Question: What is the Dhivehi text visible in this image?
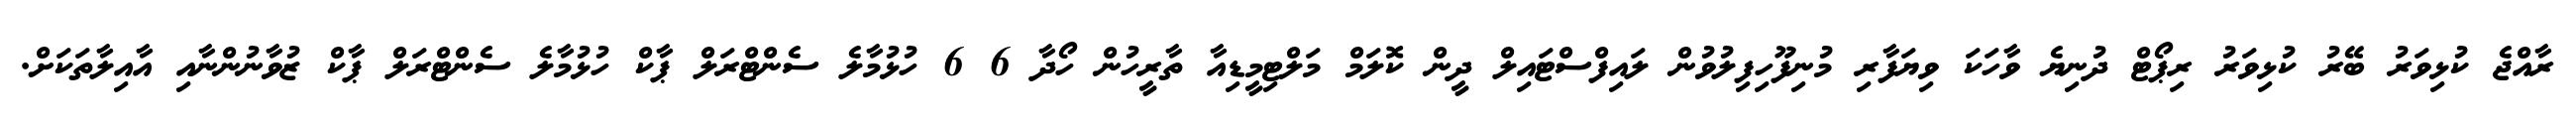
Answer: ރާއްޖެ ކުޅިވަރު ބޭރު ކުޅިވަރު ރިޕޯޓް ދުނިޔެ ވާހަކަ ވިޔަފާރި މުނިފޫހިފިލުވުން ލައިފްސްޓައިލް ދީން ކޮލަމް މަލްޓިމީޑިއާ ތާރީހުން ހޯދާ 6 6 ހުޅުމާލެ ސެންޓްރަލް ޕާކް ހުޅުމާލެ ސެންޓްރަލް ޕާކް ޒުވާނުންނާއި އާއިލާތަކަށް.